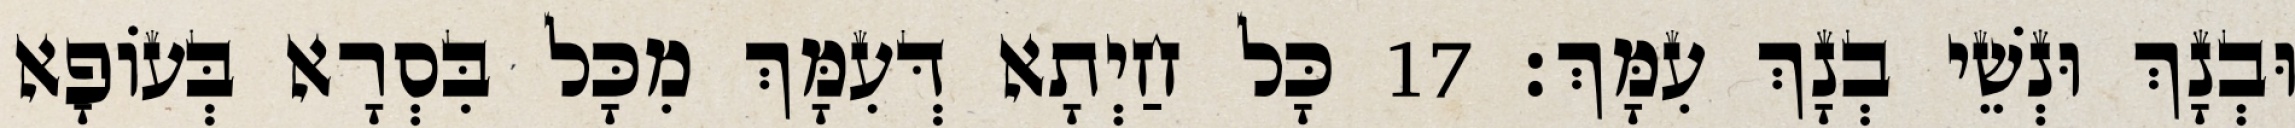
וּבְנָךְ וּנְשֵׁי בְנָךְ עִמָּךְ׃ 17 כָּל חַיְתָא דְּעִמָּךְ מִכָּל בִּסְרָא בְּעוֹפָא